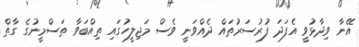
އޭނާ ވިދާޅުވީ އެފަދަ ފުރުސަރުތައް ދެއްވަނީ ވެސް މަޖިލީހުގައި ތިއްބަވާ ތަސްމީނުގެ ގާތް